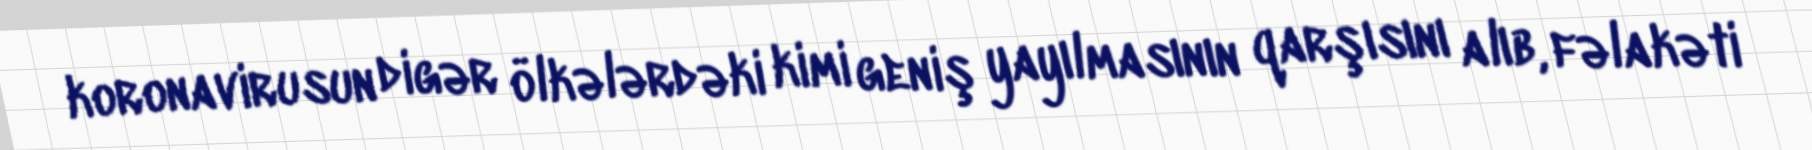
koronavirusun digər ölkələrdəki kimi geniş yayılmasının qarşısını alıb, fəlakəti